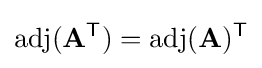
\operatorname {adj} (\mathbf {A} ^{\mathsf {T}})=\operatorname {adj} (\mathbf {A} )^{\mathsf {T}}